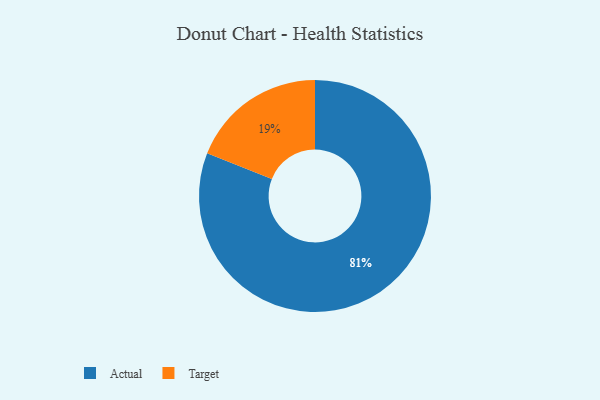
{"axis": {"x": "Category", "y": "Percentage"}, "legend": ["Actual", "Target"], "data": [{"x": "Actual", "y": 81, "type": "Actual"}, {"x": "Target", "y": 19, "type": "Target"}]}